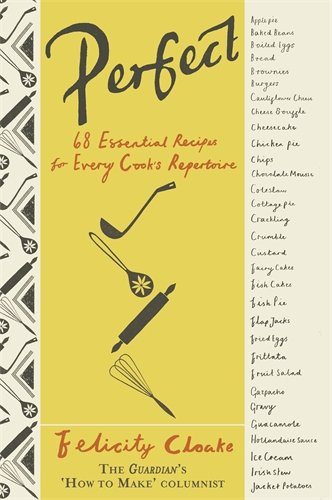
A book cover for Perfect; Felicity Cloake; Cookbooks, Food & Wine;